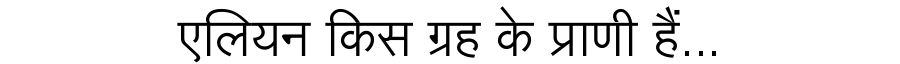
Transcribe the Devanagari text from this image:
एलियन किस ग्रह के प्राणी हैं...